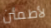
لأطمئن